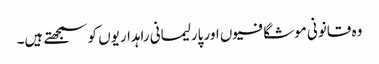
وہ قانونی موشگافیوں اور پارلیمانی راہداریوں کو سمجھتے ہیں۔